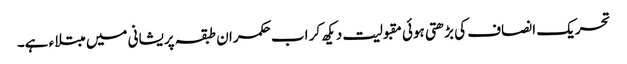
تحریک انصاف کی بڑھتی ہوئی مقبولیت دیکھ کر اب حکمران طبقہ پریشانی میں مبتلاء ہے۔